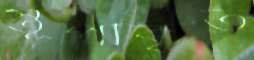
স্তূপীকৃত